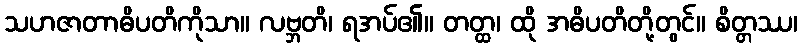
သဟဇာတာဓိပတိကိုသာ။ လဗ္ဘတိ၊ ရအပ်၏။ တတ္ထ၊ ထို အဓိပတိတို့တွင်။ စိတ္တဿ၊